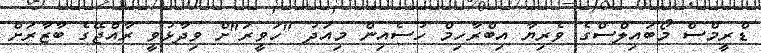
ޑްރީމްސް މޯބައިލްސްގެ ވެރިޔާ އިބްރާހިމް ހުސެއިން މިއަދު "ހަވީރަ"ށް ވިދާޅުވީ ރާއްޖޭގެ ބާޒާރަށް